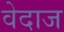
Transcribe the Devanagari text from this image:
वेदाज